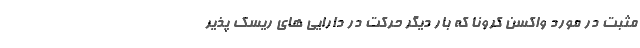
مثبت در مورد واکسن کرونا که بار دیگر حرکت در دارایی های ریسک پذیر